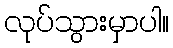
လုပ်သွားမှာပါ။